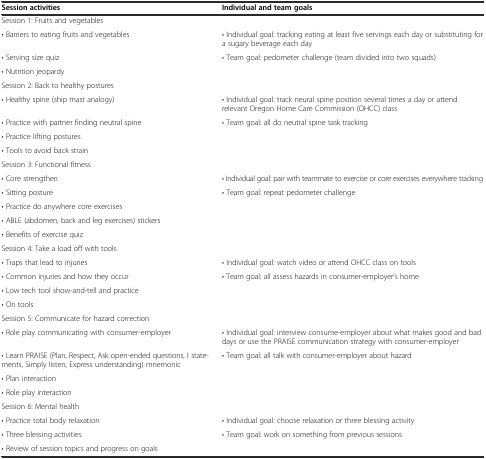
| Session activities | Individual and team goals |
 | --- | --- |
 | Session 1: Fruits and vegetables |  |
 | • Barriers to eating fruits and vegetables | • Individual goal: tracking eating at least five servings each day or substituting for a sugary beverage each day |
 | • Serving size quiz | <ROWSPAN=2> • Team goal: pedometer challenge (team divided into two squads) |
 | • Nutrition jeopardy |
 | Session 2: Back to healthy postures |  |
 | • Healthy spine (ship mast analogy) | • Individual goal: track neural spine position several times a day or attend relevant Oregon Home Care Commission (OHCC) class |
 | • Practice with partner finding neutral spine | <ROWSPAN=3> • Team goal: all do neutral spine task tracking |
 | • Practice lifting postures |
 | • Tools to avoid back strain |
 | Session 3: Functional fitness |  |
 | • Core strengthen | • Individual goal: pair with teammate to exercise or core exercises everywhere tracking |
 | • Sitting posture | <ROWSPAN=4> • Team goal: repeat pedometer challenge |
 | • Practice do anywhere core exercises |
 | • ABLE (abdomen, back and leg exercises) stickers |
 | • Benefits of exercise quiz |
 | Session 4: Take a load off with tools |  |
 | • Traps that lead to injuries | • Individual goal: watch video or attend OHCC class on tools |
 | • Common injuries and how they occur | <ROWSPAN=3> • Team goal: all assess hazards in consumer-employer’s home |
 | • Low tech tool show-and-tell and practice |
 | • On tools |
 | Session 5: Communicate for hazard correction |  |
 | • Role play communicating with consumer-employer | • Individual goal: interview consume-employer about what makes good and bad days or use the PRAISE communication strategy with consumer-employer |
 | • Learn PRAISE (Plan, Respect, Ask open-ended questions, I statements, Simply listen, Express understanding) mnemonic | <ROWSPAN=3> • Team goal: all talk with consumer-employer about hazard |
 | • Plan interaction |
 | • Role play interaction |
 | Session 6: Mental health |  |
 | • Practice total body relaxation | • Individual goal: choose relaxation or three blessing activity |
 | • Three blessing activities | <ROWSPAN=2> • Team goal: work on something from previous sessions |
 | • Review of session topics and progress on goals |